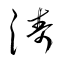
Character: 涛